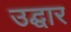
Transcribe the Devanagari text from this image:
उद्घार